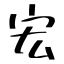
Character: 宏